NAE_EAOK_eestikeelsed_sunnimeetrikad, lk 43
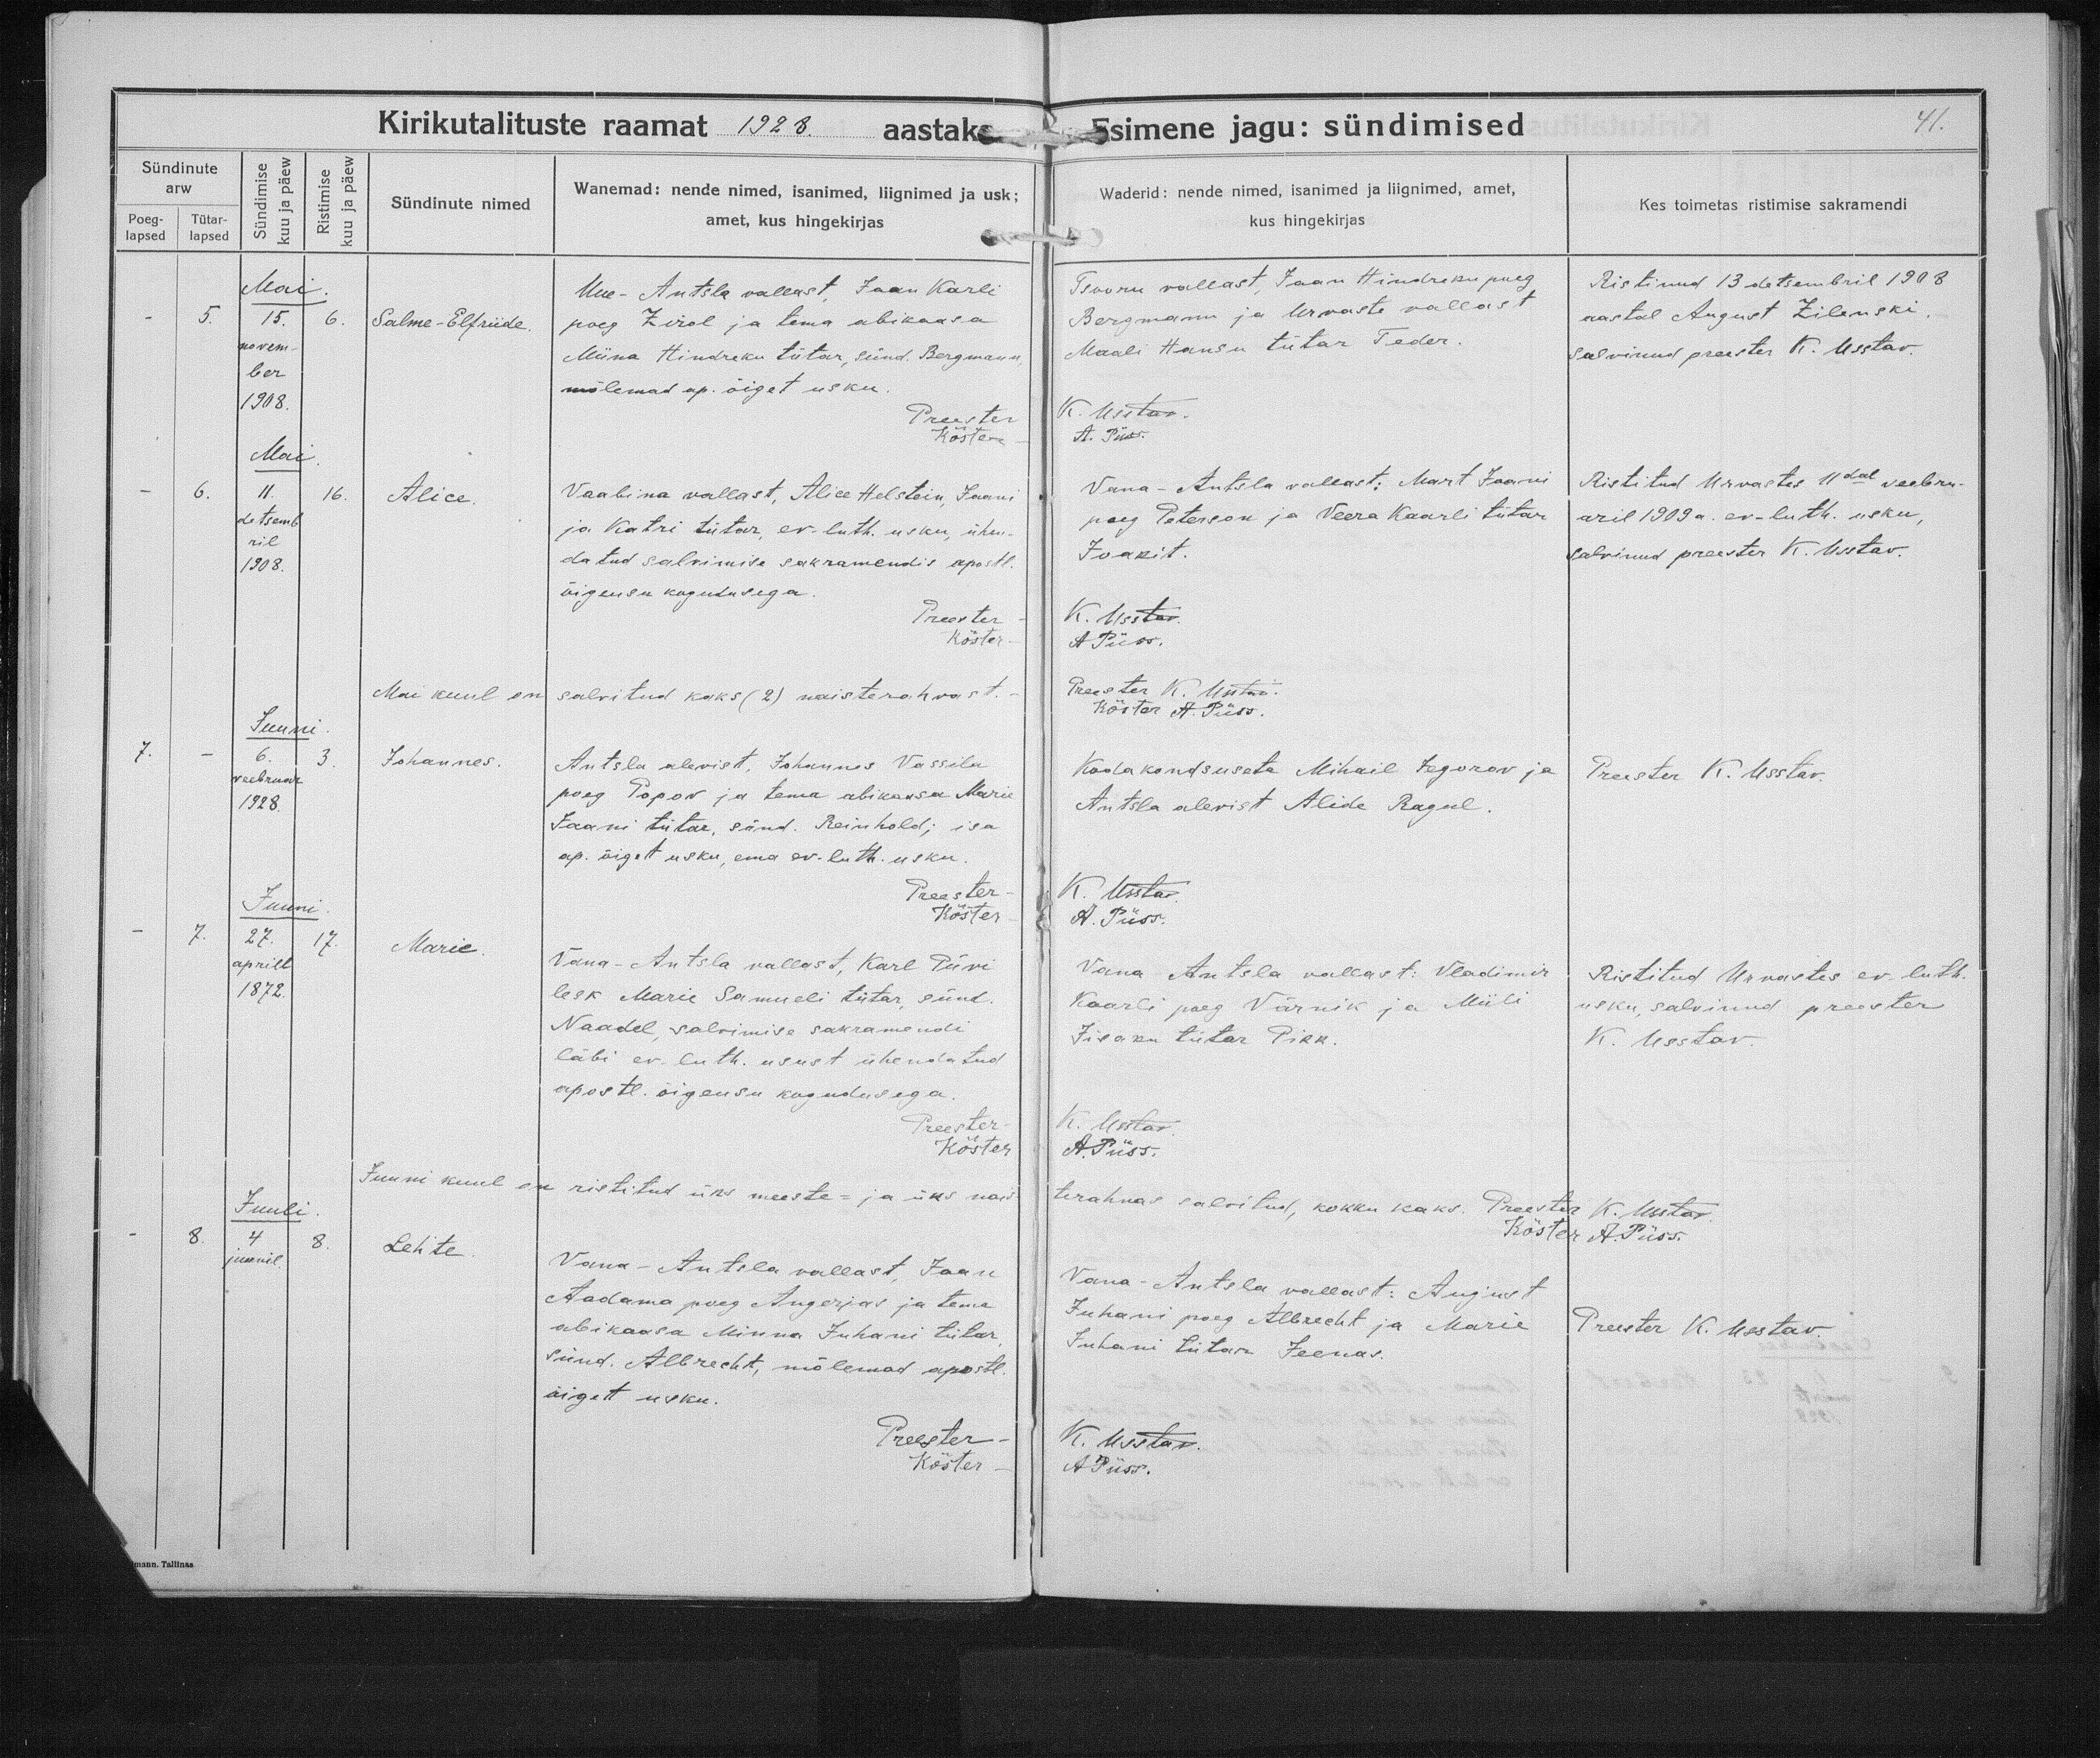
Salme-Elfriide.

Alice.

Johannes.

Lehte

Marie.

Uue-Antsla vallast, Jaan Karli
poeg Zirol ja tema abikaasa
Miina Hindreku tütar, sünd. Bergmann,
mõlemad ap. õiget usku.

Vaalina vallast, Alice Helstein, Jaani
ja Katri tütar, ev-luth. usku, ühen-
datud salvimise sakramendis apostl.
õigeusu kogudusega.

Antsla alevist, Johannes Vassili
poeg Popov ja tema abikaasa Marie
Jaani tütar, sünd. Reinhold; isa
ap. õiget usku, ema ev-luth. usku.

Vana-Antsla vallast, Karl Püve
lesk Marie Samueli tütar, sünd.
Naadel, salvimise sakramendi
läbi ev. luth. usust ühendatud
apostl. õigeusu kogudusega.

Vana-Antsla vallast, Jaani
Aadama poeg Angerjas ja tema
abikaasa Minna Juhani tütar
sünd. Albrecht, mõlemad apostl.
õiget usku.